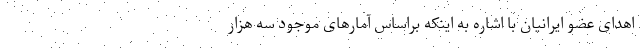
اهدای عضو ایرانیان با اشاره به اینکه براساس آمارهای موجود سه هزار